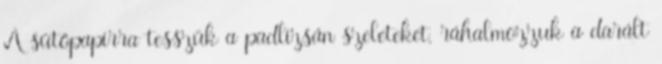
A sütőpapírra tesszük a padlizsán szeleteket, ráhalmozzuk a darált